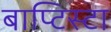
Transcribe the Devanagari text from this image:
बाप्टिस्टा